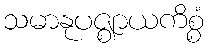
သမာနုပဇ္ဈာယကိစ္စံ